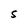
Character: 5